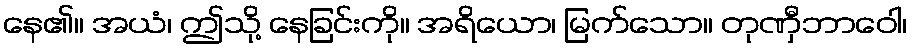
နေ၏။ အယံ၊ ဤသို့ နေခြင်းကို။ အရိယော၊ မြက်သော။ တုဏှီဘာဝေါ၊